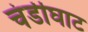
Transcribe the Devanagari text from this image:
चंडीघाट